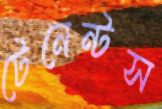
টেনেন্টস